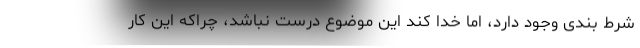
شرط بندی وجود دارد، اما خدا کند این موضوع درست نباشد، چراکه این کار